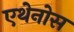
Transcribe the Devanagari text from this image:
एथेनोस